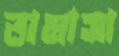
তামাসা